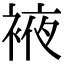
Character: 䘸